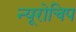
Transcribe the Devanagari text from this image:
न्यूरोचिप